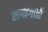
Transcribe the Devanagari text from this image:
लग्नगाठी